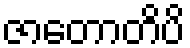
ဇာတောတိပိ